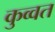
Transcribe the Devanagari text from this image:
कुव्‍वत